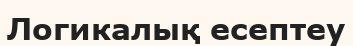
Логикалық есептеу